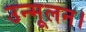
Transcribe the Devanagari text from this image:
उन्मूलन।